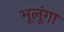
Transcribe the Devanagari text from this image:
भूलूंगा